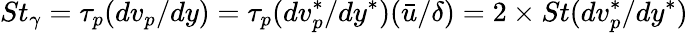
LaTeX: St_{\gamma}=\tau_{p}(dv_{p}/dy)=\tau_{p}(dv_{p}^{*}/dy^{*})(\bar{u}/\delta)=2\times St(dv_{p}^{*}/dy^{*})